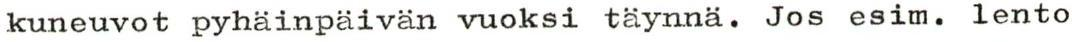
kuneuvot pyhäinpäivän vuoksi täynnä. Jos esim. lento